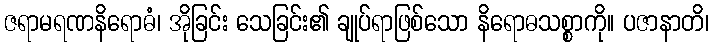
ဇရာမရဏနိရောဓံ၊ အိုခြင်း သေခြင်း၏ ချုပ်ရာဖြစ်သော နိရောဓသစ္စာကို။ ပဇာနာတိ၊